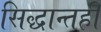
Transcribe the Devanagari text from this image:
सिद्धान्तही